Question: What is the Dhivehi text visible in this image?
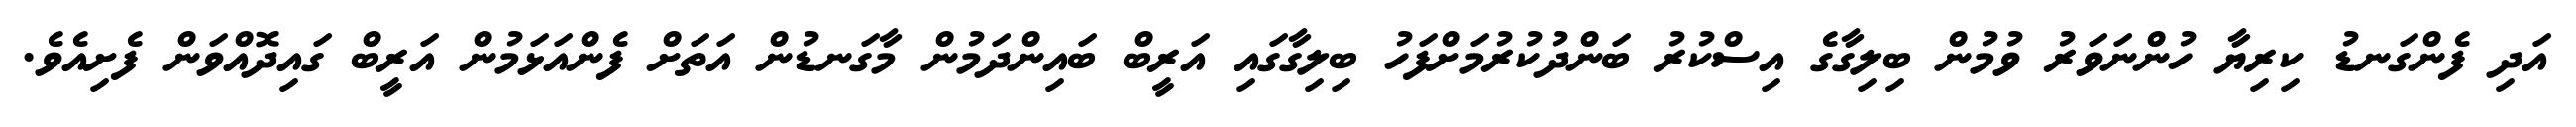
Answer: އަދި ފެންގަނޑު ކިރިޔާ ހުންނަވަރު ވުމުން ބިލިގާގެ އިސްކުރު ބަންދުކުރުމަށްފަހު ބިލިގާގައި އަރީބް ބައިންދަމުން މާގަނޑުން އަތަށް ފެންއަޅަމުން އަރީބް ގައިދޮއްވަން ފެށިއެވެ.